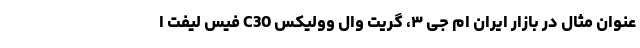
عنوان مثال در بازار ایران ام جی ۳، گریت وال وولیکس C30 فیس لیفت ا